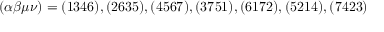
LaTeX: ( \alpha \beta \mu \nu ) = ( 1 3 4 6 ) , ( 2 6 3 5 ) , ( 4 5 6 7 ) , ( 3 7 5 1 ) , ( 6 1 7 2 ) , ( 5 2 1 4 ) , ( 7 4 2 3 )